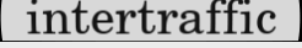
intertraffic